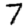
Digit: 7